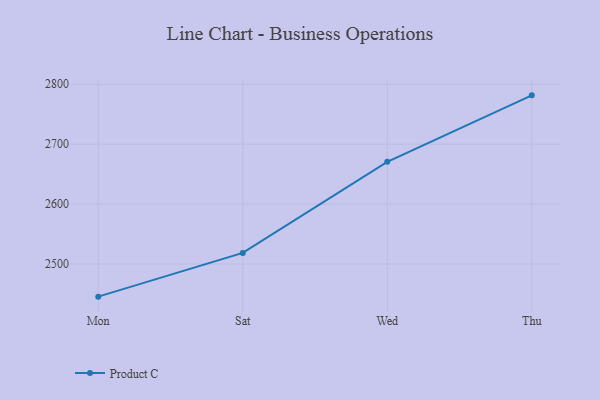
{"axis": {"x": "Day", "y": "Backlog"}, "legend": ["Product C"], "data": [{"x": "Mon", "y": 2445.5, "type": "Product C"}, {"x": "Sat", "y": 2518.5, "type": "Product C"}, {"x": "Wed", "y": 2670.6, "type": "Product C"}, {"x": "Thu", "y": 2781.5, "type": "Product C"}]}